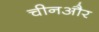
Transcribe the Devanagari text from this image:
चीनऔर